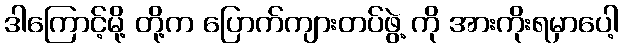
ဒါကြောင့်မို့ တို့က ပြောက်ကျားတပ်ဖွဲ့ ကို အားကိုးရမှာပေါ့